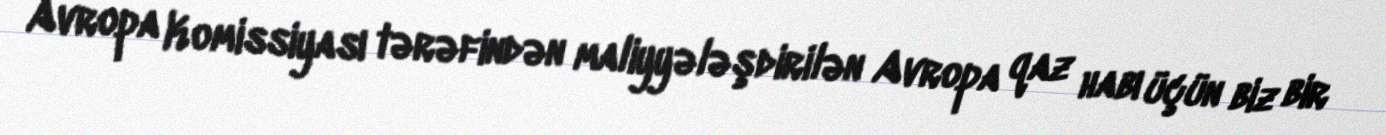
Avropa Komissiyası tərəfindən maliyyələşdirilən Avropa qaz habı üçün biz bir